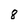
Character: 8